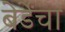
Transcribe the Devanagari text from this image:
बेर्डेंचा